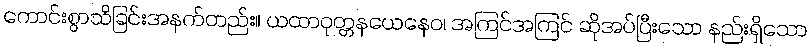
ကောင်းစွာသိခြင်းအနက်တည်း။ ယထာဝုတ္တနယေနေဝ၊ အကြင်အကြင် ဆိုအပ်ပြီးသော နည်းရှိသော